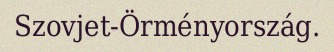
Szovjet-Örményország.